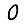
Digit: 0